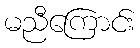
မညီကြောင်း